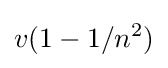
v(1-1/n^{2})